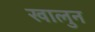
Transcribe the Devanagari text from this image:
खालुन